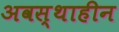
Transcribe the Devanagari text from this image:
अवस्थाहीन